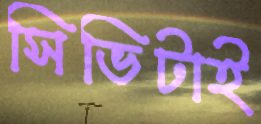
সিভিটাই